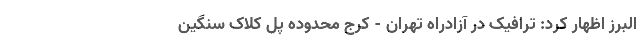
البرز اظهار کرد: ترافیک در آزادراه تهران - کرج محدوده پل کلاک سنگین